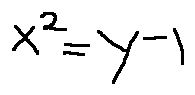
x ^ { 2 } = y - 1